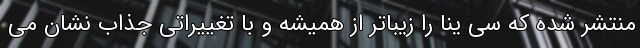
منتشر شده که سی ینا را زیباتر از همیشه و با تغییراتی جذاب نشان می